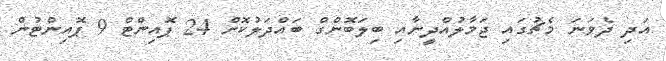
އަދި ދެވަނަ މެޗުގައި ޖަމާލުއްދީނާއި ބިލަބޮންގް ބައްދަލުކޮށް 24 ޕޮއިންޓް 9 ޕޮއިންޓުން